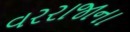
વરરાજાના